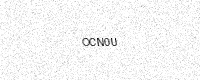
Text: OCN0U